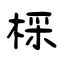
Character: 棌